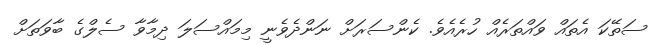
ސަތޭކަ އެތައް ވައްތަރެއް ހުރެއެވެ. ކެންސަރަށް ނަންދެވެނީ މިމައްސަލަ ދިމާވާ ސެލްގެ ބާވަތަށް